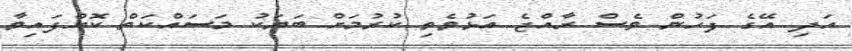
އަދި އޭގެ ފަހުން ވެސް ރާއްޖެ އަޅުވެތި ކުރުމަށް ބަޔަކު މަސައްކަތް ކޮށްފައިވާ